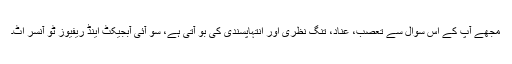
مجھے آپ کے اس سوال سے تعصب، عناد، تنگ نظری اور انتہاپسندی کی بو آتی ہے، سو آئی آبجیکٹ اینڈ ریفیوز ٹو آنسر اٹ۔